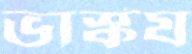
ভার্স্কয